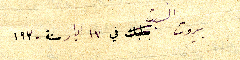
بيروت السبت في ١٧ ايار سنة ١٩٣٠